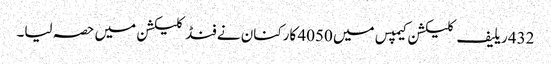
432 ریلیف کلیکشن کیمپس میں 4050 کارکنان نے فنڈ کلیکشن میں حصہ لیا۔